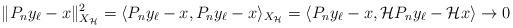
LaTeX: \begin{align*} \|P_ny_\ell - x\|_{X_{\mathcal{H}}}^2=\langle P_ny_\ell - x, P_ny_\ell - x\rangle _{X_{\mathcal{H}}}=\langle P_ny_\ell - x, \mathcal{H}P_ny_\ell - \mathcal{H}x\rangle \to 0\end{align*}